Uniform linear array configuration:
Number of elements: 24
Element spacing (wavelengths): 0.75
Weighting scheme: cosine
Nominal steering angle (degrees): -30
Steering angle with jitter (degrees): -31.114
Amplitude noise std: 0.05
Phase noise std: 0.05

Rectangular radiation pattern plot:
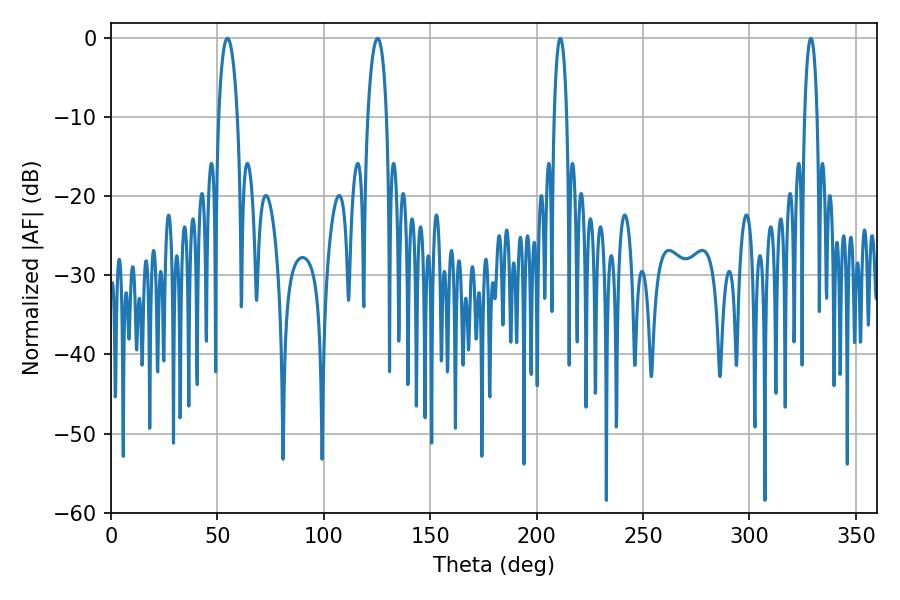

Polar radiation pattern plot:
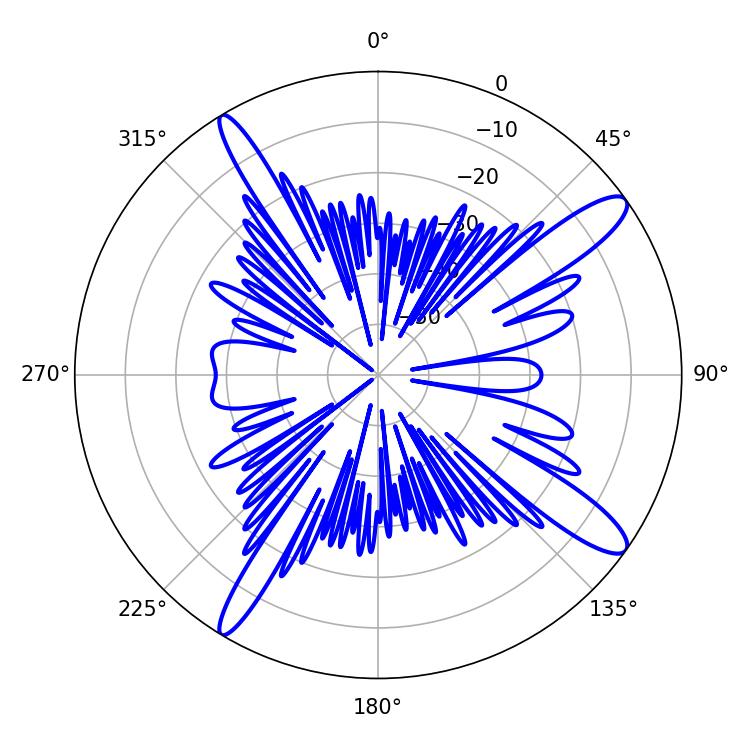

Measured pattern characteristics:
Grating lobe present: TRUE
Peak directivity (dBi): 13.467
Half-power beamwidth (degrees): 4.86
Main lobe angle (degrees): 54.72